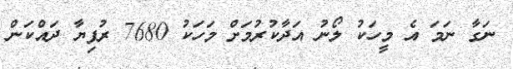
ނަގާ ނަމަ އެ މީހަކު ލޯނު އަދާކުރުމަށް މަހަކު 7680 ރުފިޔާ ދައްކަން